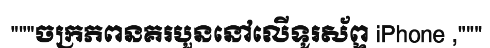
"""ចក្រភពនគរបួននៅលើទូរស័ព្ទ iPhone ,"""